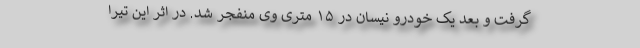
گرفت و بعد یک خودرو نیسان در ۱۵ متری وی منفجر شد. در اثر این تیرا